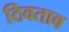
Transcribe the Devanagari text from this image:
ठिवताव